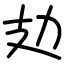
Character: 攰